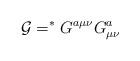
LaTeX: \begin{align*}{\cal G}=^\ast G^{a\mu\nu}G^a_{\mu\nu}\end{align*}